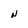
Character: N